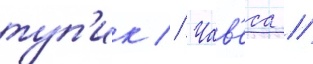
туп'ик // Чав'еса //